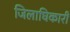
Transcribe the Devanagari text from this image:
जिलाघिकारी